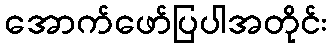
အောက်ဖော်ပြပါအတိုင်း